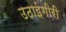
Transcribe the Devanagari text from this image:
उठाईगीरी